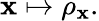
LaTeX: \mathbf{x}\mapsto\rho_{\mathbf{x}}.